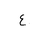
Letter: _ayn